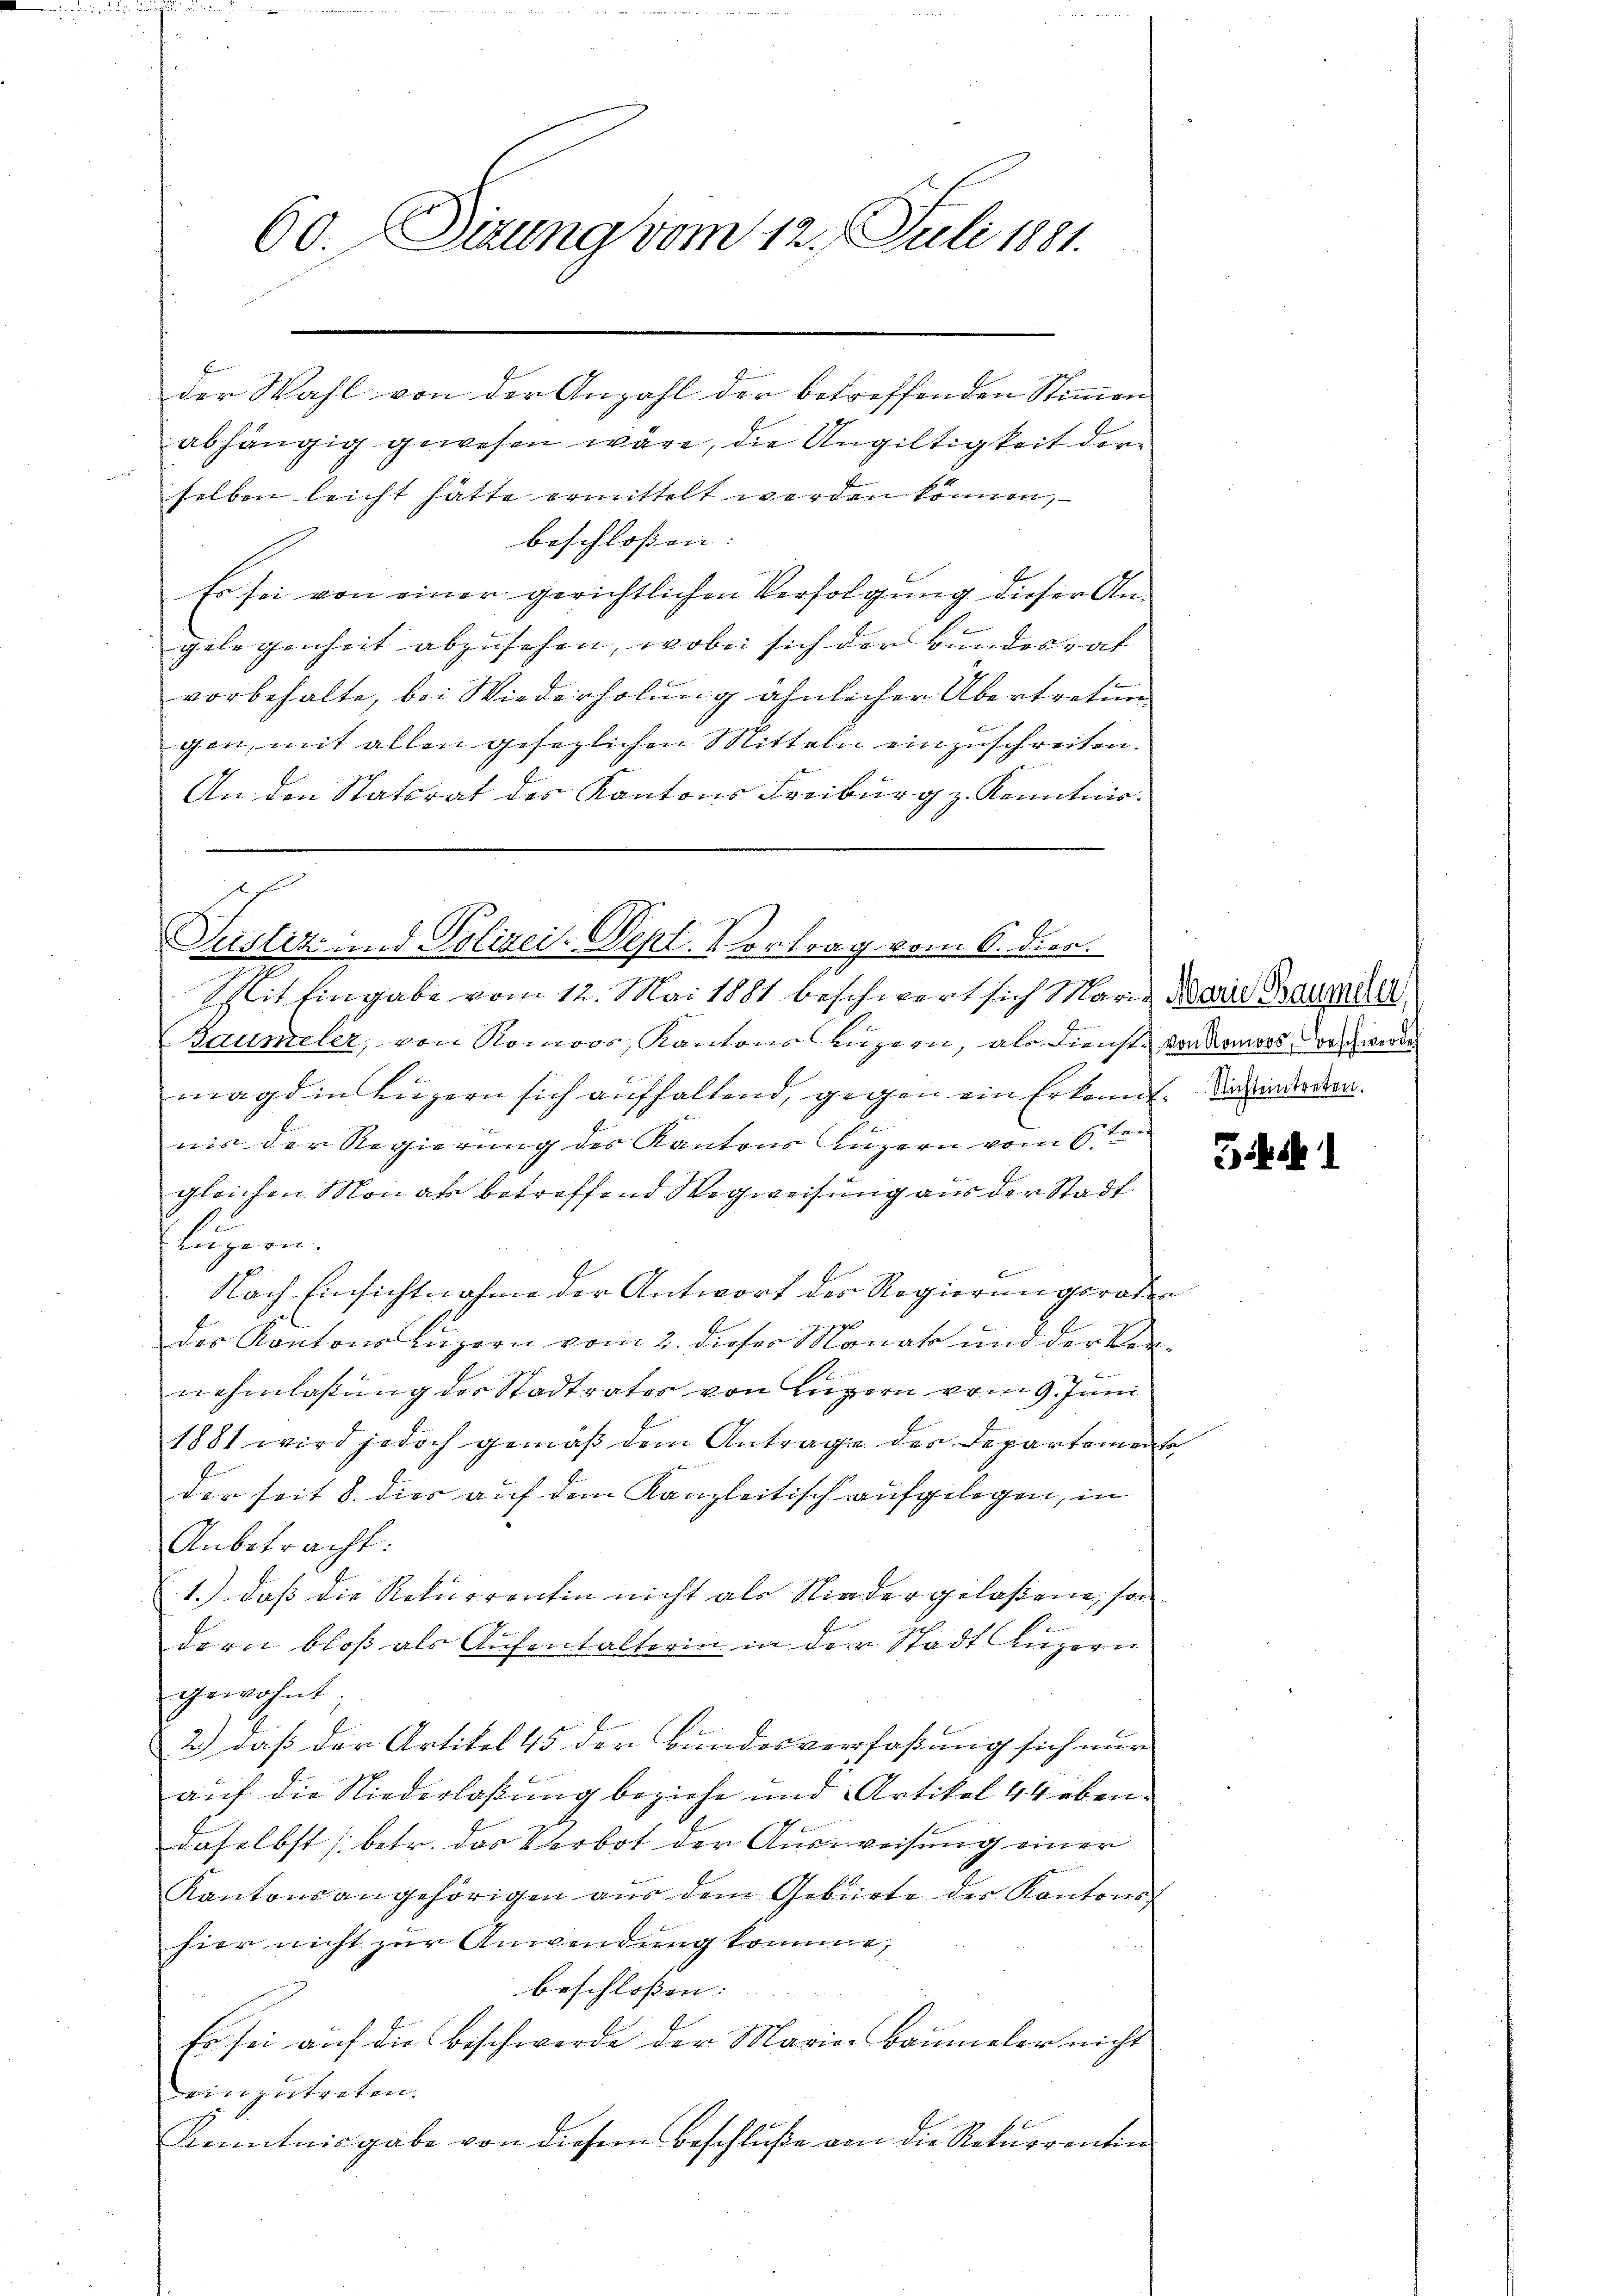
der Wahl von der Anzahl der betreffenden Stimmen
abhängig gewesen wäre, die Ungültigkeit derselben leicht hätte ermittelt werden können,
beschloßen:
Es sei von einer gerichtlichen Verfolgung dieser Angelegenheit abzusehen, wobei sich der Bundesrat
vorbehalte, bei Wiederholung ähnlicher Übertretung
gen, mit allen gesezlichen Mitteln einzuschreiten.
An den Statsrat des Kantons Freiburg z. Kenntnis.

60. Sirung vom 12. Juli 1881.

Justiz und Polizei-Dept. Vortrag vom 6. dies.

Mit Eingabe vom 12. Mai 1881 beschwert sich Marie da an Baumann
Baumeler, von Romoos, Kantons Luzern, als Dienst von Romoos, doch werden
magd in Luzern sich aufhaltend, gegen ein Erkennt. Die würden.
nis der Regierung des Kantons Luzern vom 6ten
gleichen Monats betreffend Wegweisung aus der Stadt
Luzern.
Nach Einsichtnahme der Antwort der Regierungsraten
2
des Kantons Luzern vom 2. dieser Monat und der Vornehmlassung des Stadtrates von Luzern vom 9. Juni
1881 wird jedoch gemäß dem Antrage des Departemente
1
der seit 8. dies auf dem Kanzleitisch aufgelegen, in
Anbetracht:
1.) daß die Rekurrentin nicht als Niedergelaßene, son
dern bloß als Aufentalterin in der Stadt Luzern
gewohnt;
2.) daß der Artikel 45 der Bundesverfaßung sich nur
auf die Niederlaßung beziehe und Artikel 44 eben
daselbst (betr. das Verbot der Ausweisung einer
Kantonsangehörigen aŭs dem Gebierte des Kantons-
hier nicht zur Anwendung komme,
beschlossen: |
Es sei auf die Beschwerde der Maria Baumeler nicht
einzutreten.
Kenntnisgabe von diesem Beschluße von die Rekurrentin

51